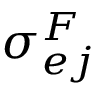
\sigma _ { e j } ^ { F }